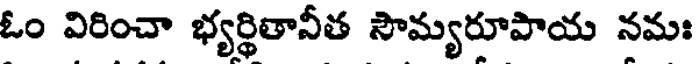
ఓం విరించా భ్యర్థితానీత సౌమ్యరూపాయ నమః